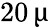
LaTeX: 20\, \upmu